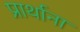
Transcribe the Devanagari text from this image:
प्रार्थाना